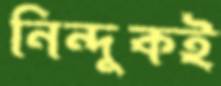
নিন্দুকই